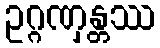
ဥဂ္ဂဏှန္တဿ